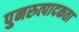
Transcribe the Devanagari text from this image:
पुनरुत्पादकता